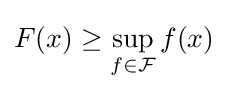
F(x)\geq \sup _{f\in {\mathcal {F}}}f(x)